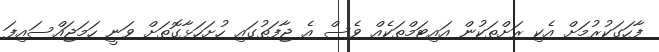
ފާހަގަކުރުމަށް އެކި ރަށްތަކުން އައިޓަމްތަކެއް ވެސް އެ ޖާފަތުގައި ހުށަހަޅާގޮތަށް ވަނީ ހަމަޖައްސައިފަ